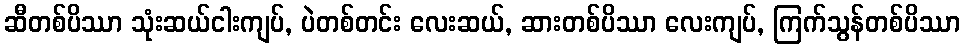
ဆီတစ်ပိဿာ သုံးဆယ်ငါးကျပ်, ပဲတစ်တင်း လေးဆယ်, ဆားတစ်ပိဿာ လေးကျပ်, ကြက်သွန်တစ်ပိဿာ